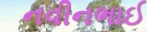
નવીનભાઈ